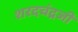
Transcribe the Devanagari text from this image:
शरदचंद्रजी